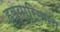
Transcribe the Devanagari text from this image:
हब्‍यारिमाना